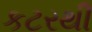
કટરથી